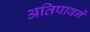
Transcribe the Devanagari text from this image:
अतिपावनें